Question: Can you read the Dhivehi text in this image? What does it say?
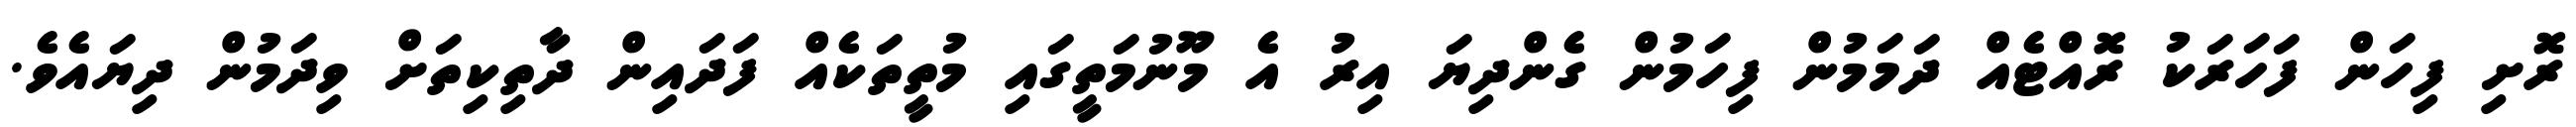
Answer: ރޮށި ފިހަން ފަހަރަކު ރޮއްޓެއް ދަމަމުން ފިހަމުން ގެންދިޔަ އިރު އެ މޫނުމަތީގައި މުތީތަކެއް ފަދައިން ދާތިކިތަށް ވިދަމުން ދިޔައެވެ.